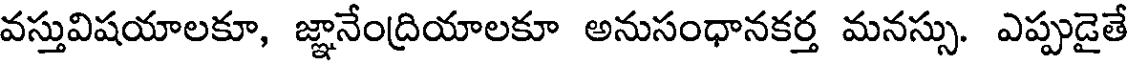
వస్తువిషయాలకూ, జ్ఞానేంద్రియాలకూ అనుసంధానకర్త మనస్సు. ఎప్పుడైతే